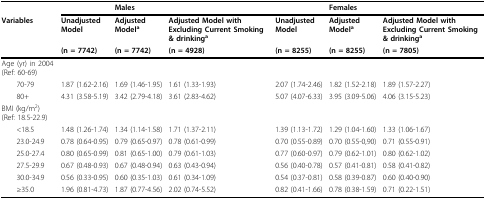
<table><thead><tr><td></td><td></td><td><b>Males</b></td><td></td><td></td><td><b>Females</b></td><td></td></tr><tr><td><b>Variables</b></td><td><b>Unadjusted Model</b></td><td><b>Adjusted Model<sup>a</sup></b></td><td><b>Adjusted Model with Excluding Current Smoking &amp; drinking<sup>a</sup></b></td><td><b>Unadjusted Model</b></td><td><b>Adjusted Model<sup>a</sup></b></td><td><b>Adjusted Model with Excluding Current Smoking &amp; drinking<sup>a</sup></b></td></tr><tr><td></td><td><b>(n = 7742)</b></td><td><b>(n = 7742)</b></td><td><b>(n = 4928)</b></td><td><b>(n = 8255)</b></td><td><b>(n = 8255)</b></td><td><b>(n = 7805)</b></td></tr></thead><tbody><tr><td>Age (yr) in 2004 (Ref: 60-69)</td><td></td><td></td><td></td><td></td><td></td><td></td></tr><tr><td> 70-79</td><td>1.87 (1.62-2.16)</td><td>1.69 (1.46-1.95)</td><td>1.61 (1.33-1.93)</td><td>2.07 (1.74-2.46)</td><td>1.82 (1.52-2.18)</td><td>1.89 (1.57-2.27)</td></tr><tr><td> 80+</td><td>4.31 (3.58-5.19)</td><td>3.42 (2.79-4.18)</td><td>3.61 (2.83-4.62)</td><td>5.07 (4.07-6.33)</td><td>3.95 (3.09-5.06)</td><td>4.06 (3.15-5.23)</td></tr><tr><td>BMI (kg/m<sup>2</sup>) (Ref: 18.5-22.9)</td><td></td><td></td><td></td><td></td><td></td><td></td></tr><tr><td> &lt; 18.5</td><td>1.48 (1.26-1.74)</td><td>1.34 (1.14-1.58)</td><td>1.71 (1.37-2.11)</td><td>1.39 (1.13-1.72)</td><td>1.29 (1.04-1.60)</td><td>1.33 (1.06-1.67)</td></tr><tr><td> 23.0-24.9</td><td>0.78 (0.64-0.95)</td><td>0.79 (0.65-0.97)</td><td>0.78 (0.61-0.99)</td><td>0.70 (0.55-0.89)</td><td>0.70 (0.55-0,90)</td><td>0.71 (0.55-0.91)</td></tr><tr><td> 25.0-27.4</td><td>0.80 (0.65-0.99)</td><td>0.81 (0.65-1.00)</td><td>0.79 (0.61-1.03)</td><td>0.77 (0.60-0.97)</td><td>0.79 (0.62-1.01)</td><td>0.80 (0.62-1.02)</td></tr><tr><td> 27.5-29.9</td><td>0.67 (0.48-0.93)</td><td>0.67 (0.48-0.94)</td><td>0.63 (0.43-0.94)</td><td>0.56 (0.40-0.78)</td><td>0.57 (0.41-0.81)</td><td>0.58 (0.41-0.82)</td></tr><tr><td> 30.0-34.9</td><td>0.56 (0.33-0.95)</td><td>0.60 (0.35-1.03)</td><td>0.61 (0.34-1.09)</td><td>0.54 (0.37-0.81)</td><td>0.58 (0.39-0.87)</td><td>0.60 (0.40-0.90)</td></tr><tr><td> ≥ 35.0</td><td>1.96 (0.81-4.73)</td><td>1.87 (0.77-4.56)</td><td>2.02 (0.74-5.52)</td><td>0.82 (0.41-1.66)</td><td>0.78 (0.38-1.59)</td><td>0.71 (0.22-1.51)</td></tr></tbody></table>